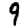
Digit: 9